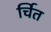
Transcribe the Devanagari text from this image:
र्चित